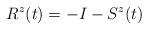
LaTeX: \begin{align*}R^z(t)=-I-S^z(t) \end{align*}